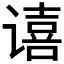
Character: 𫍻